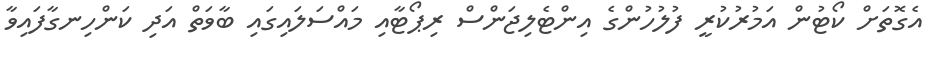
އެގޮތަށް ކޯޓުން އަމުރުކުރީ ފުލުހުންގެ އިންޓެލިޖަންސް ރިޕޯޓާއި މައްސަލައިގައި ބާވަތް އަދި ކަންހިނގާފައިވާ